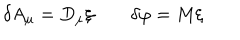
LaTeX: \delta A _ { \mu } = D _ { \mu } \xi \qquad \delta \varphi = M \xi